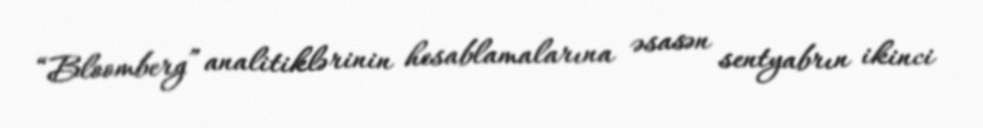
“Bloomberg” analitiklərinin hesablamalarına əsasən sentyabrın ikinci